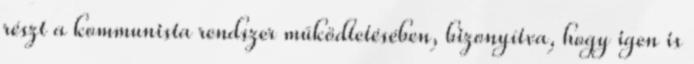
részt a kommunista rendszer működtetésében, bizonyítva, hogy igen is